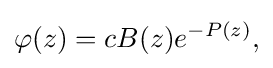
\displaystyle {\varphi (z)=cB(z)e^{-P(z)},}